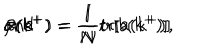
LaTeX: \alpha ( k ^ { + } ) = \frac { 1 } { N } \mathrm { t r } [ a ( k ^ { + } ) ] \hspace { 4 m m } \mathrm { a n d } \hspace { 4 m m } \beta ( k ^ { + } ) = \frac { 1 } { N } \mathrm { t r } [ b ( k ^ { + } ) ] ,